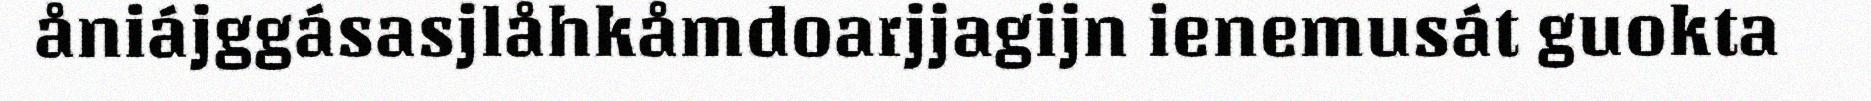
åniájggásasjlåhkåmdoarjjagijn ienemusát guokta